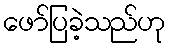
ဖော်ပြခဲ့သည်ဟု